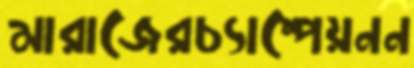
মারাজেরচ্যাম্পেয়নন